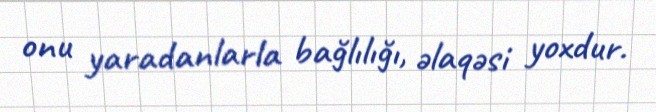
onu yaradanlarla bağlılığı, əlaqəsi yoxdur.